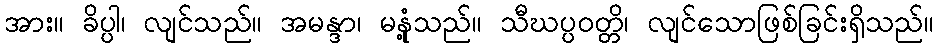
အား။ ခိပ္ပါ၊ လျင်သည်။ အမန္ဒာ၊ မနုံ့သည်။ သီဃပ္ပဝတ္တိ၊ လျင်သောဖြစ်ခြင်းရှိသည်။